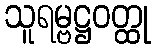
သူရမ္ဗဋ္ဌဝတ္ထု